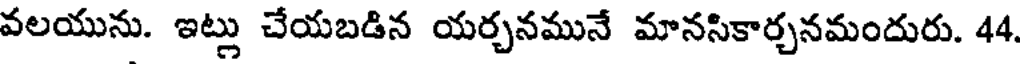
వలయును. ఇట్లు చేయబడిన యర్చనమునే మానసికార్చనమందురు. 44.